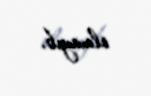
olmayıb.